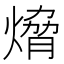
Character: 熁